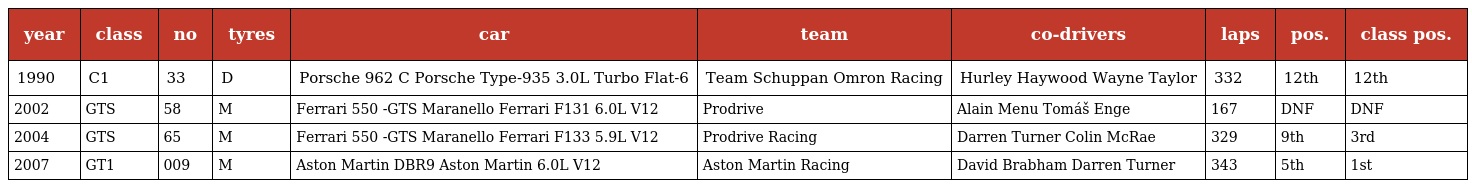
| year | class | no | tyres | car | team | co-drivers | laps | pos. | class pos. |
 | --- | --- | --- | --- | --- | --- | --- | --- | --- | --- |
 | 1990 | C1 | 33 | D | Porsche 962 C Porsche Type-935 3.0L Turbo Flat-6 | Team Schuppan Omron Racing | Hurley Haywood Wayne Taylor | 332 | 12th | 12th |
 | 2002 | GTS | 58 | M | Ferrari 550 -GTS Maranello Ferrari F131 6.0L V12 | Prodrive | Alain Menu Tomáš Enge | 167 | DNF | DNF |
 | 2004 | GTS | 65 | M | Ferrari 550 -GTS Maranello Ferrari F133 5.9L V12 | Prodrive Racing | Darren Turner Colin McRae | 329 | 9th | 3rd |
 | 2007 | GT1 | 009 | M | Aston Martin DBR9 Aston Martin 6.0L V12 | Aston Martin Racing | David Brabham Darren Turner | 343 | 5th | 1st |